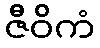
ဇီဝိကံ